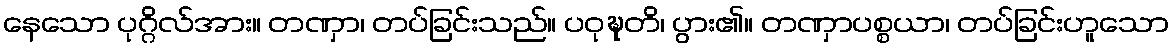
နေသော ပုဂ္ဂိလ်အား။ တဏှာ၊ တပ်ခြင်းသည်။ ပဝုဍ္ဎတိ၊ ပွား၏။ တဏှာပစ္စယာ၊ တပ်ခြင်းဟူသော